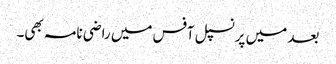
بعد میں پرنسپل آفس میں راضی نامہ بھی۔